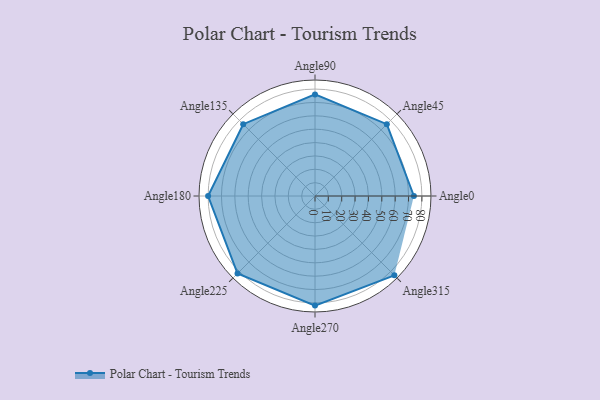
{"axis": {"x": "Angle", "y": "Radius"}, "legend": [""], "data": [{"x": "Angle0", "y": 74.0, "type": ""}, {"x": "Angle45", "y": 76.0, "type": ""}, {"x": "Angle90", "y": 76.0, "type": ""}, {"x": "Angle135", "y": 76.0, "type": ""}, {"x": "Angle180", "y": 80.0, "type": ""}, {"x": "Angle225", "y": 82.0, "type": ""}, {"x": "Angle270", "y": 82.0, "type": ""}, {"x": "Angle315", "y": 84.0, "type": ""}]}